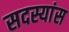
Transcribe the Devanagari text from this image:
सदस्यांस